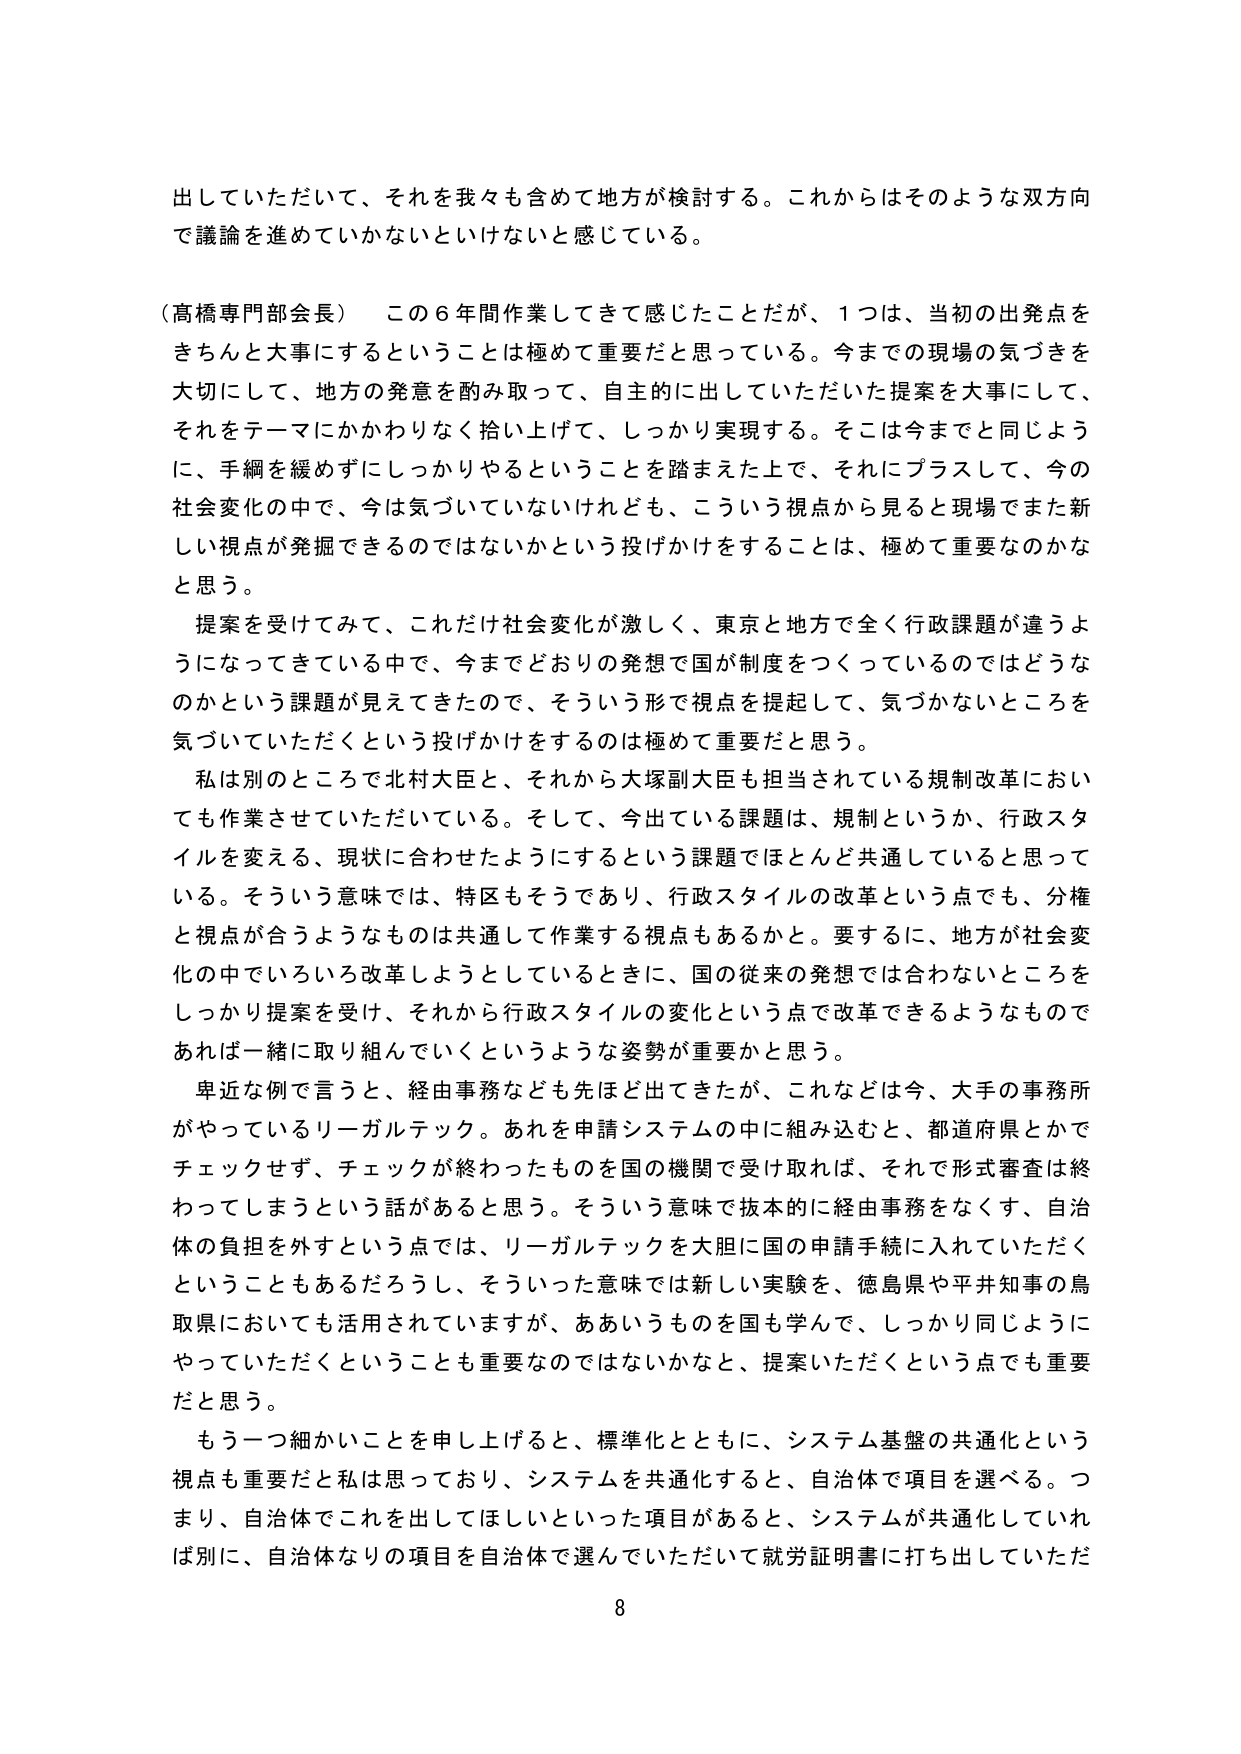
出していただいて、それを我々も含めて地方が検討する。これからはそのような双方向で議論を進めていかないといけないと感じている。

（高橋専門部会長）　この６年間作業してきて感じたことだが、１つは、当初の出発点をきちんと大事にするということは極めて重要だと思っている。今までの現場の気づきを大切にして、地方の発意を酌み取って、自主的に出していただいた提案を大事にして、それをテーマにかかわりなく拾い上げて、しっかり実現する。そこは今までと同じように、手綱を緩めずしっかりやるということを踏まえた上で、それにプラスして、今の社会変化の中で、今は気づいていないけれども、こういう視点から見ると現場でまた新しい視点が発掘できるのではないかという投げかけをすることは、極めて重要なのかなと思う。

　提案を受けてみて、これだけ社会変化が激しく、東京と地方で全く行政課題が違うようになってきている中で、今までどおりの発想で国が制度をつくっているのではどうなのかという課題が見えてきたので、そういう形で視点を提起して、気づかないところを気づいていただくという投げかけをするのは極めて重要だと思う。

　私は別のところで北村大臣と、それから大塚副大臣も担当されている規制改革においても作業させていただいている。そして、今出ている課題は、規制というか、行政スタイルを変える、現状に合わせたようにするという課題でほとんど共通していると思って いる。そういう意味では、特区もそうであり、行政スタイルの改革という点でも、分権と視点が合うようなものは共通して作業する視点もあるかと。要するに、地方が社会変化の中でいろいろ改革しようとしているときに、国の従来の発想では合わないところをしっかり提案を受け、それから行政スタイルの変化という点で改革できるようなものであれば一緒に取り組んでいくというような姿勢が重要かと思う。

　卑近な例で言うと、経由事務なども先ほど出てきたが、これなどは今、大手の事務所がやっているリーガルテック。あれを申請システムの中に組み込むと、都道府県とかでチェックせず、チェックが終わったものを国の機関で受け取れば、それで形式審査は終わってしまうという話があると思う。そういう意味で抜本的に経由事務をなくす、自治体の負担を外すという点では、リーガルテックを大胆に国の申請手続に入れていただくということもあるだろうし、そういった意味では新しい実験を、徳島県や平井知事の鳥取県においても活用されていますが、ああいうものを国も学んで、しっかり同じようにやっていただくということも重要なのではないかなと、提案いただくという点でも重要だと思う。

　もう一つ細かいことを申し上げると、標準化とともに、システム基盤の共通化という視点も重要だと私は思っており、システムを共通化すると、自治体で項目を選べる。つまり、自治体でこれを出してほしいといった項目があると、システムが共通化していれば別に、自治体なりの項目を自治体で選んでいただいて就労証明書に打ち出していただ

8